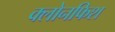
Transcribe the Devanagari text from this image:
क्लोनफिश